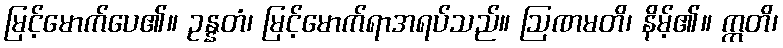
မြင့်မောက်ပေ၏။ ဥန္နတံ၊ မြင့်မောက်ရာအရပ်သည်။ ဩဏမတိ၊ နိမ့်၏။ ဣတိ၊